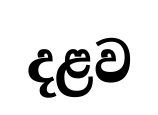
දළව